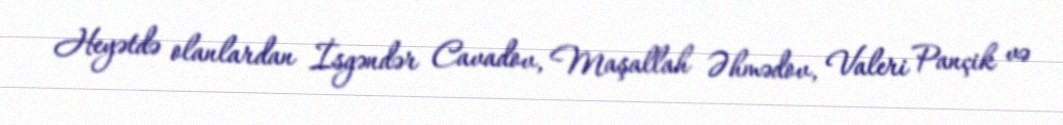
Heyətdə olanlardan İsgəndər Cavadov, Maşallah Əhmədov, Valeri Pançik və